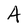
Character: A